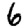
Digit: 6